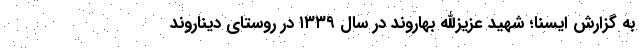
به گزارش ایسنا؛ شهید عزیزالله بهاروند در سال ۱۳۳۹ در روستای دیناروند